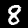
Label: 8